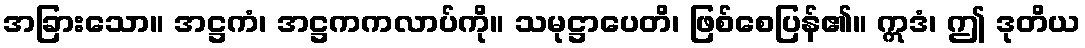
အခြားသော။ အဋ္ဌကံ၊ အဋ္ဌကကလာပ်ကို။ သမုဋ္ဌာပေတိ၊ ဖြစ်စေပြန်၏။ ဣဒံ၊ ဤ ဒုတိယ